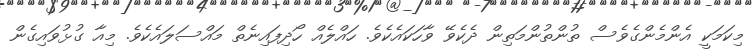
މިކަމަކީ އެންމެންގެވެސް ތުންތުންމަތިން ދެކެވޭ ވާހަކައެކެވެ. ހައްލެއް ހޯދިފައިނެތް މައްސަލައެކެވެ. މިއާ ގުޅުވައިގެން